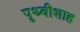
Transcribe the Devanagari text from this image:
पृथ्वीशाह